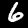
Digit: 6